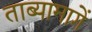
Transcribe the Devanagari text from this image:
ताब्यामागें